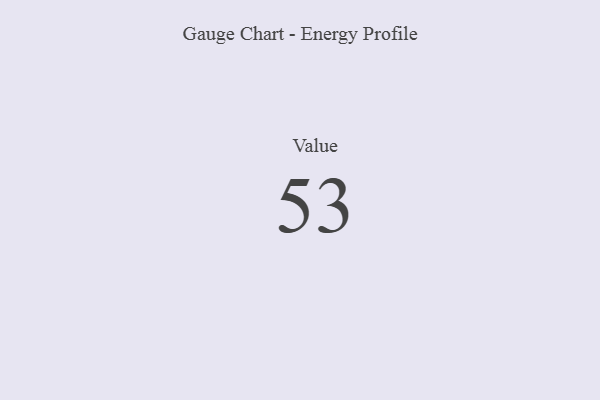
{"axis": {"x": "Metric", "y": "Value"}, "legend": [""], "data": [{"x": "Value", "y": 53, "type": ""}]}